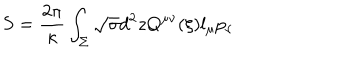
S = { \frac { 2 \pi } { \kappa } } \int _ { \Sigma } \sqrt { \sigma } d ^ { 2 } z Q ^ { \mu \nu } ( \xi ) l _ { \mu } p _ { \nu }